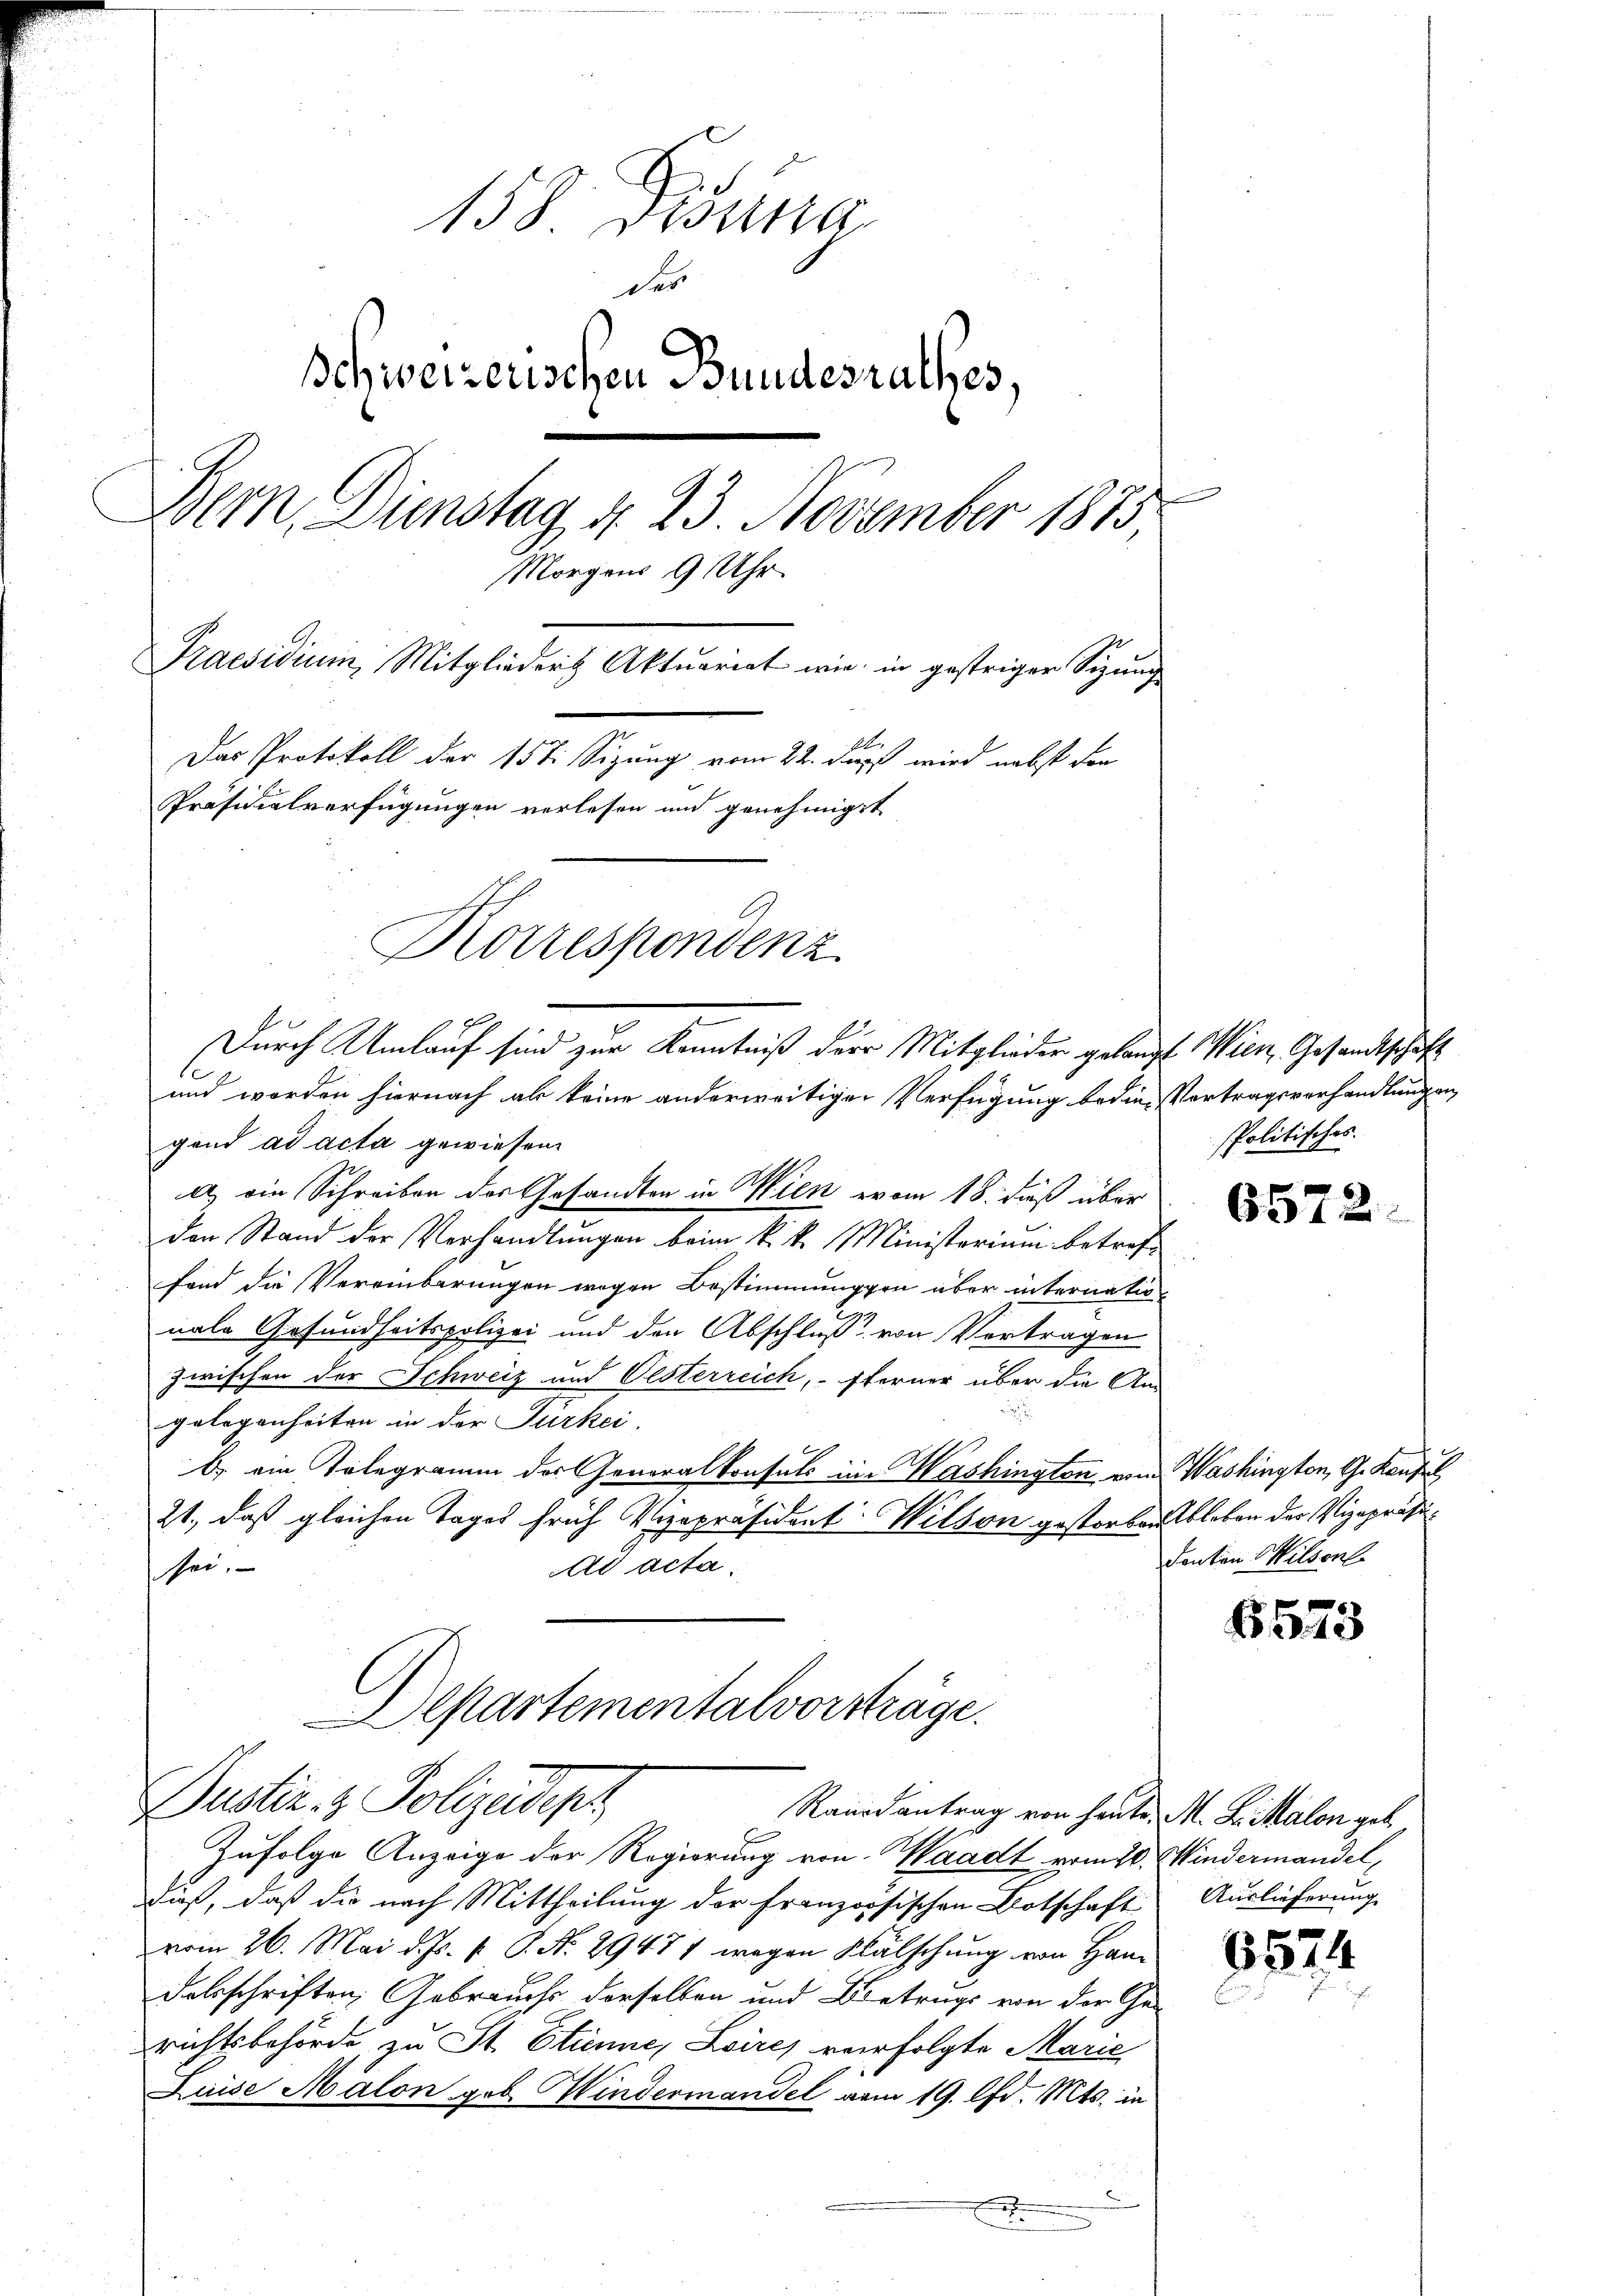
158. Disena
des
schweizerischen Bundesrathes,
Bern, Dienstag d. 23. November 1875
Morgens 9 Uhr
Praesidium, Mitglieder Aktuariat wie in gestriger Sigung
b
Das Protokoll der 15 t Sizung vom 22. daß wird nebst den
Präsidialverfügungen verlesen und genehmiget
Korrespondenz

und worden hiernach als keine anderweitigen Verfügung bedie Vertragsverhandlungen
gand ad acta gewiesen.
a) ein Schreiben der Gesandten in Wien vom 18. dieß über
den Stand der Verhandlungen beim k. k. Ministerium betreffand die Vereinbarungen wegen Bestimmungen über internationale Gesundheitspolizei und den Abschluss von Vortragen
zwischen der Schweiz und Oesterreich, sterner über die An-
gelegenheiten in der Jurkei.
b) ein Telegramm des Generalkonsuls im Washington von Washington, G. Konsul
21., daß gleichen Tages früh Vizepräsident Wilson gestorben bleben der Vizepräsiad acta.
sei.

Durch Umlauf sind zur Kenntniß der Mitglieder gelangt Wien, Gesandtschaft

Aepartementalvorsträge.
Justiz- & Polizeideph

Zufolge Anzeige der Regierung von Waadt vom 20. Mindermandel,
Fuß, daß die nach Mittheilung der französischen Botschaft Auslieferung
vom 26. Mai d. Js. f. P. Nr. 29477 wegen Wälschung von Han
Fabschriften Gebrauchs derselben und Betrags von der Ge-
richtsbehörde zu St. Etienne, Loires verfolgte Marić
Luise Malon geb. Windermandel vom 19. d. Mts. in
2
A

Randantrag von heute M. L. Salon geb.

spolitisches.

6572

denten Milsonl

6573

6524